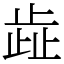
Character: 歮